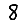
Digit: 8